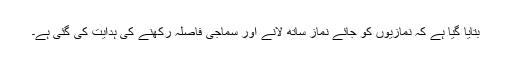
بتایا گیا ہے کہ نمازیوں کو جائے نماز ساتھ لانے اور سماجی فاصلہ رکھنے کی ہدایت کی گئی ہے۔